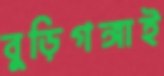
বুড়িগঙ্গাই